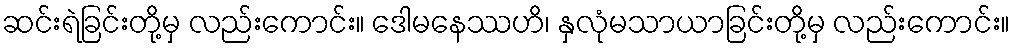
ဆင်းရဲခြင်းတို့မှ လည်းကောင်း။ ဒေါမနေဿဟိ၊ နှလုံမသာယာခြင်းတို့မှ လည်းကောင်း။